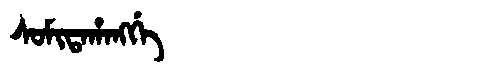
Manchu: ᠰᠣᠮᡳᡨᠠᡥᠠᠩᡤᡝ
Romanization: SOMITAHANGGE